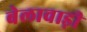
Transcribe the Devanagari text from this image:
बेलावाड़ी